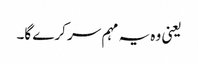
یعنی وہ یہ مہم سر کرے گا۔